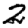
Digit: 2